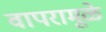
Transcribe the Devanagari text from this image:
वापरामूळे